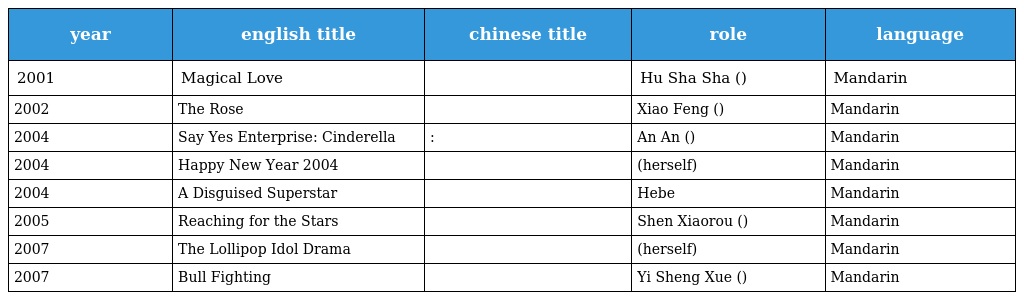
| year | english title | chinese title | role | language |
 | --- | --- | --- | --- | --- |
 | 2001 | Magical Love | 愛情大魔咒 | Hu Sha Sha (胡莎莎) | Mandarin |
 | 2002 | The Rose | 薔薇之戀 | Xiao Feng (曉楓) | Mandarin |
 | 2004 | Say Yes Enterprise: Cinderella | 求婚事務所:麻雀變鳳凰 | An An (安安) | Mandarin |
 | 2004 | Happy New Year 2004 | 新年快樂 | (herself) | Mandarin |
 | 2004 | A Disguised Superstar | 冒牌天皇 | Hebe | Mandarin |
 | 2005 | Reaching for the Stars | 真命天女 | Shen Xiaorou (沈孝柔) | Mandarin |
 | 2007 | The Lollipop Idol Drama | 棒棒堂偶像劇 | (herself) | Mandarin |
 | 2007 | Bull Fighting | 鬥牛，要不要 | Yi Sheng Xue (伊勝雪) | Mandarin |